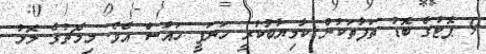
9 ޕޮޓުގެ ބޮޑު ތަފާތަކުން ކާމިޔާބުކުރީ ހަނަފީ ހައުސް އެވެ. މިމެޗުގެ މޮޅު